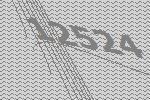
12524